Vaccination in Burma 1920-1933 - 1920-1933
Year: 1920
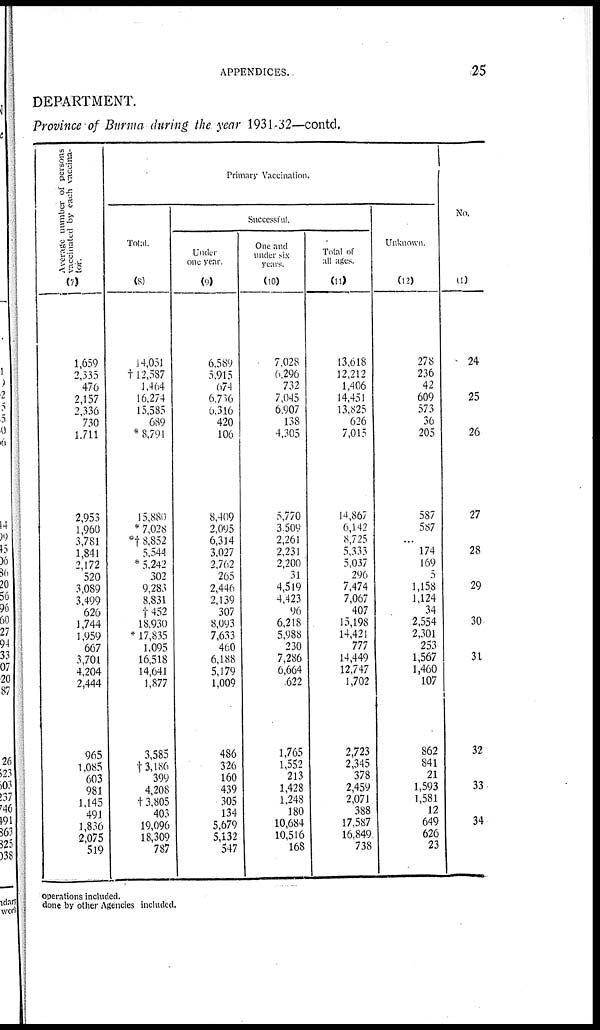
APPENDICES.
25
DEPARTMENT.
Province of Burma during the year 1931-32—contd.
Average number of persons
vaccinated by each vaccina-
tor.
(7)
1,659
2,335
476
2,157
2,336
730
1,711
2,953
1,960
3,781
1,841
2,172
520
3,089
3,499
626
1,744
1,959
667
3,701
4,204
2,444
965
1,085
603
981
1,145
491
1,836
2,075
519
Primary Vaccination.
Total.
(8)
14,051
†112,587
1,464
16,274
15,585
689
* 8,791
15,880
* 7,028
*† 8,852
5,544
* 5,242
302
9,283
8,831
†452
18,930
* 17,835
1,095
16,518
14,641
1,877
3,585
† 3,186
399
4,208
†3,805
403
19,096
18,309
787
Successful.
Under
one year.
(9)
6,589
5,915
674
6,736
6,316
420
106
8,409
2,095
6,314
3,027
2,762
265
2,446
2,139
307
8,093
7,633
460
6,188
5,179
1,009
486
326
160
439
305
134
5,679
5,132
547
One and
under six
years.
(10)
7,028
6,296
732
7,045
6,907
138
4,305
5,770
3,509
2,261
2,231
2,200
31
4,519
4,423
96
6,218
5,988
230
7,286
6,664
622
1,765
1,552
213
1,428
1,248
180
10,684
10,516
168
Total of
all ages
(11)
13,618
12,212
1,406
14,451
13,825
626
7,015
14,867
6,142
8,725
5,333
5,037
296
7,474
7,067
407
15,198
14,421
777
14,449
12,747
1,702
2,723
2,345
378
2,459
2,071
388
17,587
16,849
738
Unknown.
(12)
278
236
42
609
573
36
205
587
587
...
174
169
5
1,158
1,124
34
2,554
2,301
253
1,567
1,460
107
862
841
21
1,593
1,581
12
649
626
23
No.
(1)
24
25
26
27
28
29
30
31
32
33
34
operations included.
done by other Agencies included.